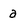
Character: a